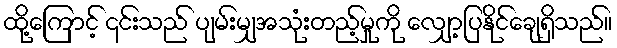
ထို့ကြောင့် ၎င်းသည် ပျမ်းမျှအသုံးတည့်မှုကို လျှော့ပြနိုင်ချေရှိသည်။